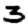
Digit: 3